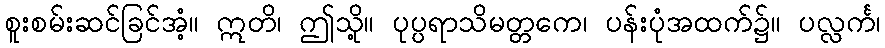
စူးစမ်းဆင်ခြင်အံ့။ ဣတိ၊ ဤသို့။ ပုပ္ပရာသိမတ္တကေ၊ ပန်းပုံအထက်၌။ ပလ္လင်္က၊